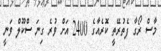
މާސް ރޯގާ ފެތުރޭތީ ކޮރެއާގެ 2400 އަށް ވުރެ ގިނަ ސްކޫލް ވަނީ